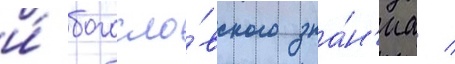
и́ богосло́вского зна́н'иа /